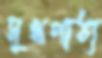
সুখপাঠ্য